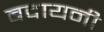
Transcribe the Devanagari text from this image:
बदायनी